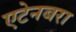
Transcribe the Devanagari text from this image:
एटेनबरा